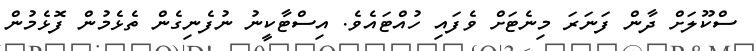
ސްކޫލަށް ދާން ފަނަރަ މިނެޓަށް ވެފައި ހުއްޓައެވެ. އިސްޓާކީނު ނުފެނިގެން ތެޅެމުން ފޮޅެމުން